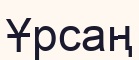
Ұрсаң